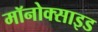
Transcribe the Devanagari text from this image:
मॉनोक्साइड